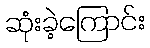
ဆုံးခဲ့ကြောင်း